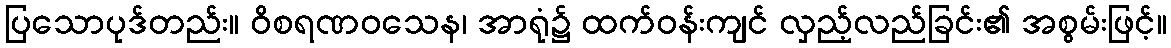
ပြသောပုဒ်တည်း။ ဝိစရဏဝသေန၊ အာရုံ၌ ထက်ဝန်းကျင် လှည့်လည်ခြင်း၏ အစွမ်းဖြင့်။